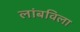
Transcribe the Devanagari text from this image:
लांबविला